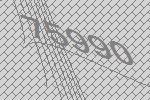
75990